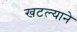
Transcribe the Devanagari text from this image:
खटल्याने